Lunatic asylums Bombay report 1891-1903 - 1891-1903
Year: 1891
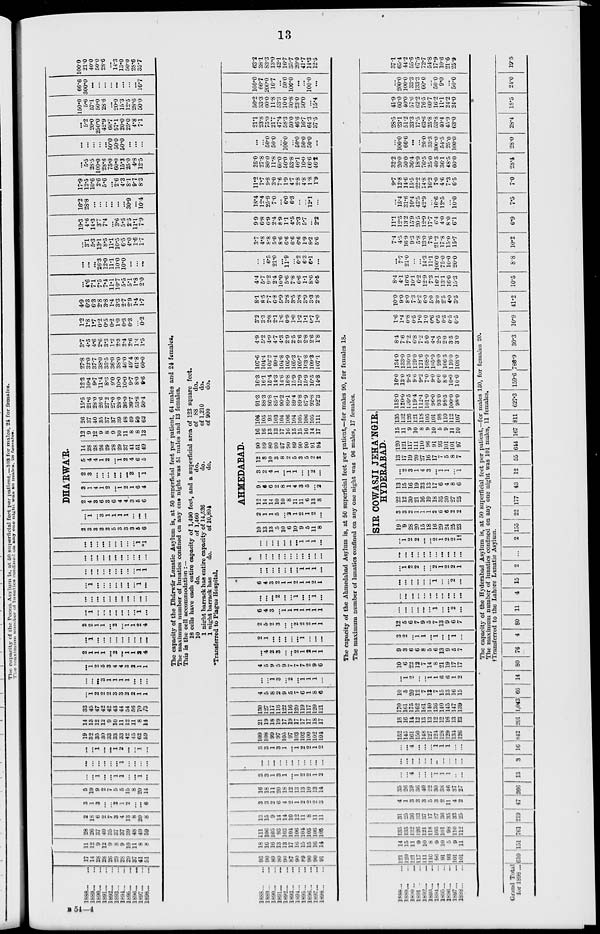
13
1888 ... ...
1889 ... ...
1890 ... ...
1891 ... ...
1892 ... ...
1893 ... ...
1894 ... ...
1895 ... ...
1896 ... ...
1897 ... ...
1898 ... ...
17
14
28
28
20
29
28
29
37
41
51
11
12
9
12
9
8
9
10
11
8
8
28
26
37
40
35
37
37
39
48
49
59
2
18
6
2
7
3
4
13
8
20
8
3
1
3
...
...
2
1
2
...
...
6
5
19
9
2
7
5
5
15
8
20
14
...
...
1
...
...
1
1
...
...
1
...
...
...
...
...
...
...
1
...
...
...
...
...
...
1
...
...
1
2
...
...
1
...
19
32
35
30
33
33
33
42
45
62
59
14
13
12
12
9
10
11
12
11
8
14
33
45
47
42
42
43
44
54
56
70
73
...
1
2
2
2
3
3
2
2
1
1
...
...
...
3
1
1
1
1
...
...
...
...
1
2
5
3
4
4
3
2
1
1
2
1
1
1
...
2
...
1
1
2
4
...
1
...
...
...
...
...
...
...
...
...
2
2
1
1
...
2
...
1
1
9
4
...
1
...
...
...
...
...
...
...
1
...
...
...
...
...
...
...
...
...
...
...
...
...
1
...
...
...
...
...
...
...
1
...
...
...
...
...
...
...
...
...
...
1
1
...
...
...
...
...
...
...
...
...
...
...
...
...
...
...
...
...
...
...
...
1
*1
DHÁRWÁR.
2
3
3
3
2
5
3
3
3
6
6
...
1
...
3
1
1
1
1
...
...
...
2
4
3
6
3
6
4
4
3
5
6
3
1
4
1
2
...
1
2
1
6
4
2
3
...
...
...
...
...
...
3
...
1
5
4
4
1
2
...
1
2
4
6
5
14
28
28
26
29
28
29
37
41
51
49
12
9
12
9
8
9
10
11
8
8
13
26
37
40
35
37
37
39
48
49
59
62
15.5
21.6
28.0
26.6
27.2
27.0
28.0
36.0
39.7
53.8
50.4
12.3
10.4
9.7
11.4
8.3
9.0
10.0
10.0
9.7
8.0
9.6
27.8
32.0
37.7
38.0
35.5
36.0
38.0
46.0
49.4
61.8
60.0
3.7
4.5
4.6
2.6
3.3
1.2
2.3
2.4
2.6
1.4
1.5
1.2
1.8
1.7
0.2
0.5
0.2
1.0
0.3
0.3
...
0.2
4.9
6.3
6.3
2.8
3.8
1.4
3.3
2.7
2.9
1.4
1.7
...
4.6
7.1
7.5
7.4
11.1
10.7
5.5
5.1
1.8
2.0
...
...
...
26.3
12.0
11.1
10.0
10.0
...
...
...
...
3.1
5.3
13.1
8.5
11.1
10.5
6.5
4.0
1.6
1.7
19.3
4.6
14.3
3.7
7.4
...
3.6
5.5
2.5
11.1
7.9
16.2
28.8
...
...
...
...
...
...
30.9
...
10.4
17.9
12.5
10.6
2.6
5.6
...
2.6
4.3
8.1
9.7
8.3
...
5.5
28.5
100.0
28.6
75.0
60.0
15.3
25.0
4.8
12.5
...
...
...
...
...
50.0
50.0
50.0
...
...
...
...
5.2
20.0
250.0
42.9
66.7
57.1
20.0
25.0
4.8
7.1
150.0
5.6
57.1
50.0
28.6
...
20.0
15.3
12.5
28.6
50.0
66.6
300.0
...
...
...
...
...
...
...
...
16.7
100.0
21.0
40.0
50.0
28.6
...
14.3
13.0
50.0
28.6
35.7
The capacity of the Dhárwár Lunatic Asylum is, at 50 superficial feet per patient, 64 males and 24 females.
The maximum number of lunatics confined on any one night was 51 males and 13 females.
This is the cell accommodation :—
16 cells have each entire capacity of 1,490 feet, and a superficial area of 123 square feet.
10
do.
of 1,460
do.
of 88
do.
1 night barrack has entire capacity of 14,526
do.
of 1,210
do.
1 night barrack has
do.
of
10,804
do.
of 900
do.
*Transferred to Plague Hospital.
1888 ... ...
1889 ... ...
1890 ... ...
1891 ... ...
1892 ... ...
1893 ... ...
1894 ... ...
1895 ... ...
1896 ... ...
1897 ... ...
1898 ... ...
93
90
89
80
90
87
90
89
90
90
91
18
16
16
13
13
17
16
15
15
10
14
111
100
105
93
103
104
106
104
105
100
105
13
15
9
14
14
10
12
11
8
11
11
3
3
2
6
4
2
1 2
2
2
3
16
18
11
20
18
12
13
13
10
13
14
3
3
1
3
1
...
1
2
2
1
2
...
...
...
...
...
...
...
...
...
...
...
3
3
1
3
1
...
1
2
2
1
2
109
108
99
97
105
97
103
102
100
102
104
21
19
18
19
17
19
17
17
17
18
17
130
127
117
116
122
116
120
119
117
120
121
4
5
8
2
9
5
7
6
1
8
6
...
...
1
3
...
2
...
1
1
1
...
4
5
9
5
9
7
7
7
2
9
6
...
4
2
3
...
...
2
1
2
1
1
2
1
...
...
...
...
...
1
...
...
...
2
5
2
3
...
...
2
2
2
1
1
6
4
3
...
1
1
1
1
1
1
1
...
...
...
2
...
...
1
...
...
1
...
6
4
3
2
1
1
2
1
1
2
1
...
...
...
...
...
...
...
1
1
1
...
...
...
...
...
...
...
...
...
...
...
...
...
...
...
...
...
...
...
1
1
1
...
AHMEDABAD.
10
13
13
5
10
6
10
9
5
11
8
2
1
1
5
...
2
1
2
1
2
...
12
14
14
10
10
8
11
11
6
13
8
9
6
6
2
8
1
4
3
5
2
3
2
4
1
...
1
1
...
...
2
...
12
8
10
3
8
2
5
3
5
9
2
90
89
80
90
87
90
89
90
90
91
94
16
16
13
13
17
16
15
15
16
14
17
106
105
93
103
104
106
104
105
106
105
111
91.3
88.3
86.8
85.1
90.2
89.1
89.4
89.8
87.9
92.8
92.3
16.3
16.1
15.4
14.3
14.6
16.8
15.9
15.9
15.9
16.5
14.8
107.6
104.4
102.2
99.4
104.8
105.9
105.3
105.7
103.8
109.3
107.1
4.9
5.2
4.9
4.7
4.3
2.9
2.5
2.6
2.8
26
1.8
3.2
3.3
2.8
2.1
1.6
0.9
1.0
1.2
1.1
0.7
1.0
8.1
8.5
7.7
6.8
5.9
3.8
3.5
3.8
3.9
3.3
2.8
4.4
5.7
9.2
2.4
10.0
5.6
7.8
6.6
1.1
8.6
6.5
...
...
6.5
21.0
...
11.9
...
6.2
6.3
6.1
...
3.7
4.8
8.8
5.0
8.6
6.6
6.6
6.6
1.9
8.2
5.6
9.9
6.8
6.9
2.4
8.9
1.1
4.5
3.3
5.7
...
2.2
18.4
12.4
25.9
7.0
...
6.0
6.3
...
...
12.1
...
11.2
7.7
9.8
3.0
7.6
1.9
4.7
2.8
4.8
1.8
1.9
25.0
27.8
80.0
11.8
60.0
50.0
53.8
46.1
10.0
66.6
46.2
...
...
50.0
50.0
...
100.0
...
50.0
50.0
50.0
...
21.1
23.8
75.0
21.7
47.4
58.3
50.0
46.6
16.7
64.3
37.5
56.2
33.3
60.0
11.8
53.3
10.0
30.8
23.0
50.0
...
15.4
100.0
66.7
200.0
16.7
...
50.0
100.0
...
...
100.0
...
63.2
38.1
83.3
13.0
42.1
16.7
35.7
20.0
41.7
14.3
12.5
The capacity of the Ahmedabad Asylum is, at 50 superficial feet per patient,—for males 90, for females 18.
The maximum number of lunatics confined on any one night was 96 males, 17 females.
1888 ... ...
1889 ... ...
1890 ... ...
1891 ... ...
1892 ... ...
1893 ... ...
1894 ... ...
1895 ... ...
1896 ... ...
1897 ... ...
1898 ... ...
121
120
121
117
111
110
96
91
93
101
101
14
15
11
9
10
8
9
10
5 9
11
135
135
132
126
121
118
105
101
98
110
112
31
25
36
33
37
17
27
36
35
33
25
4
1
3
3
3
5
3
2
11
4
2
35
20
39
30
40
22
30
38
46
37
27
...
...
4
...
...
...
1
1
1
...
...
...
...
...
...
...
...
...
...
...
...
...
...
...
4
...
...
...
1
1
1
...
...
152
145
161
150
148
127
124
128
129
134
126
18
16
14
12
13
13
12
12
16
13
13
170
161
175
162
161
140
136
140
145
147
139
10
5
20
12
7
13
7
15
13
16
15
...
1
2
...
...
1
1
6
6
1
2
10
6
22
12
7
14
8
21
19
17
17
9
3
6
6
8
5
6
13
9
5
7
3
2
...
1
1
...
1
...
...
1
...
12
5
6
7
9
5
7
13
9
6
7
...
...
...
...
...
...
1
...
... 2
...
...
...
...
...
...
...
...
...
...
...
...
...
...
...
...
...
...
1
...
... 2
...
...
1 2
2
...
...
2
1
2
2
1
...
...
...
...
...
...
...
...
...
...
...
...
1 2
2
...
...
2
1
2
2
1†
SIR COWASJI JEHÁNGIR,
HYDERABAD.
19
9
28
20
15
18
16
29
24
25
23
3
3
2
1
1
1
2
6
6
2
2
22
12
30
21
16
19
18
35
30
27
25
13
15
16
19
23
13
17
6
4
8
6
...
2
3
1
4
3
...
1
1
...
1
13
17
19
20
27
16
17
7
5
8
7
120
121
117
111
110 96
91
93
101
101
97
15
11
9
10
8
9
10
5
9
11
10
135
132
126
121
118
105
101
98
110
112
107
118.0
120.0
120.5
119.4
112.4
101.0
96.0
93.0
98.5
100.0
98.0
16.0
13.0
9.5
9.6
9.2
7.0
9.0
6.0
8.0
10.0
10.0
134.0
133.0
130.0
129.0
121.6
108.0
105.0
99.0
106.5
110.0
108.0
8.4
7.6
7.2
6.8
7.2
5.0
4.4
2.5
2.0
3.5
3.0
1.6
1.4
0.8
0.5
1.0
1.0
0.6
0.5
0.5
0.5
0.5
10.0
9.0
8.0
73
8.2
6.0
5.0
3.0
2.5
4.0
3.5
8.4
4.1
16.6
10.1
6.2
12.9
7.3
16.1
13.1
16.0
15.3
...
7.7
21.0
...
...
14.3
11.1
100.0
75.0
10.0
20.0
7.4
4.5
16.9
9.3
5.8
13.0
7.6
21.2
17.8
15.0
15.7
11.1
12.5
13.2
15.9
20.5
12.9
17.7
6.4
4.0
8.0
6.1
...
15.4
31.6
10.4
43.5
42.9
...
16.6
12.5
...
10.0
9.7
12.8
14.6
15.5
22.2
14.8
16.2
7.0
4.6
7.3
6.5
32.2
20.0
50.0
36.4
18.9
76.5
25.0
40.5
36.1
48.5
60.0
...
100.0
66.6
...
...
20.0
33.3
300.0
54.5
25.0
100.0
28.5
23.1
51.2
33.3
17.5
63.6
25.8
53.8
40.4
45.9
63.0
41.9
60.0
40.0
57.6
62.2
76.5
60.7
16.2
11.1
24.2
24.0
...
200.0
100.0
33.3
133.3
60.0
...
50.0
9.0
...
50.0
37.1
65.4
44.2
55.6
67.5
72.7
54.8
17.9
10.6
21.6
25.9
The capacity of the Hyderabad Asylum is, at 50 superficial feet per patient,—for males 150, for females 20.
The maximum number of lunatics confined on any one night was 101 males, 11 females.
†Transferred to the Lahore Lunatic Asylum.
Grand Total
for 1898 ... 610 151 761 219 47 266
13
3 16 842 201 1,043 66 14 80 76
4 80 11
4 15
2
...
2 155 22 177 43 12 55 644 167 811 627.3 159.6 786.9
30.3 10.9 41.2
10.5
8.8
10.2
6.9
7.5
7.0
28.4
28.0
28.4
18.5
24.0
19.5
B 54—4